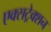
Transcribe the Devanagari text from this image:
एक्सट्रेक्शन